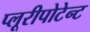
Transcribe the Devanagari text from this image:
प्लूरीपोटेन्ट